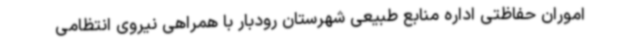
اموران حفاظتی اداره منابع طبیعی شهرستان رودبار با همراهی نیروی انتظامی